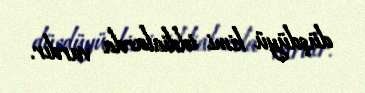
düşdüyü kimi iddialarda vardır.